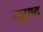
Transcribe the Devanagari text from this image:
ट्युण्द